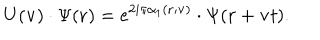
U ( { \bf v } ) \cdot \Psi ( { \bf r } ) = e ^ { 2 i \pi \alpha _ { 1 } ( { \bf r } ; { \bf v } ) } \cdot \Psi ( { \bf r } + { \bf v } t ) .